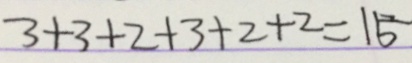
3 + 3 + 2 + 3 + 2 + 2 = 1 5